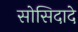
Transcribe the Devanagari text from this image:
सोसिदादे